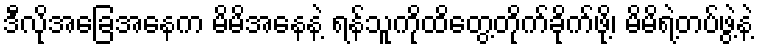
ဒီလိုအခြေအနေက မိမိအနေနဲ့ ရန်သူကိုထိတွေ့တိုက်ခိုက်ဖို့၊ မိမိရဲ့တပ်ဖွဲ့နဲ့